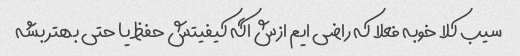
سیب کلا خوبه فعلا که راضی ایم ازش اگه کیفیتش حفظ یا حتی بهتر بشه